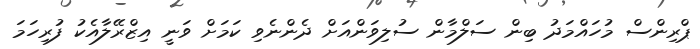
ޕްރިންސް މުހައްމަދު ބިން ސަލްމާން ސުލިވަންއަށް ދެންނެވި ކަމަށް ވަނީ އިޒްރޭލާއެކު ފުރިހަމަ